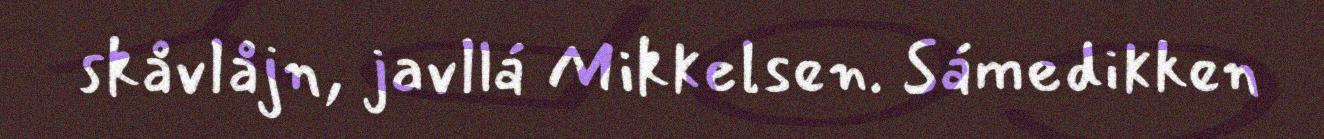
skåvlåjn, javllá Mikkelsen. Sámedikken